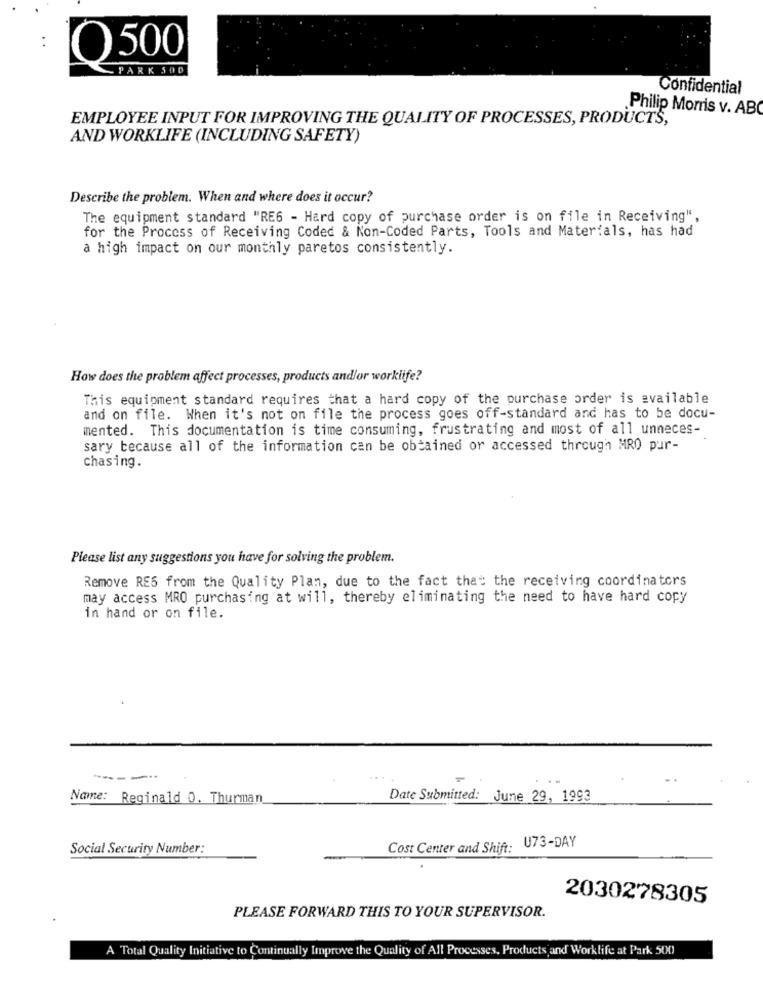
O 500
- PARK 500
Confidential
Philip Morris v. ABC
EMPLOYEE INPUT FOR IMPROVING THE QUALITY OF PROCESSES, PRODUCTS,
AND WORKLIFE (INCLUDING SAFETY)
Describe the problem. When and where does it occur?
The equipment standard "RE6 - Hard copy of purchase order is on file in Receiving",
for the Process of Receiving Coded & Non-Coded Parts, Tools and Materials, has had
a high impact on our monthly paretos consistently.
How does the problem affect processes, products andlor worklife?
This equipment standard requires that a hard copy of the purchase order is available
and on file. When it's not on file the process goes off-standard and has to be docu-
mented. This documentation is time consuming, frustrating and most of all unneces-
sary because all of the information can be obtained or accessed through MRO pur-
chasing.
Please list any suggestions you have for solving the problem.
Remove RES from the Quality Plan, due to the fact that the receiving coordinators
may access MRO purchasing at will, thereby eliminating the need to have hard copy
in hand or on file.
--
-..
Name: Reginald 0. Thurman
Date Submitted: June 29, 1993
Social Security Number:
Cost Center and Shift: U73-DAY
2030278305
PLEASE FORWARD THIS TO YOUR SUPERVISOR.
A Total Quality Initiative to Continually Improve the Quality of All Processes, Products and Worklife at Park 500